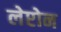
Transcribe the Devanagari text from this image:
लेप्टोन